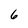
Character: 6